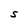
Character: S